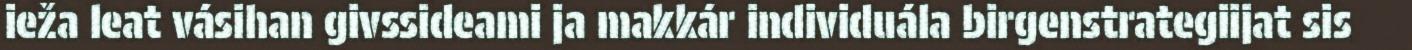
ieža leat vásihan givssideami ja makkár individuála birgenstrategiijat sis